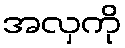
အလှကို